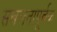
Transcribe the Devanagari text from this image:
सबलतापूर्वक